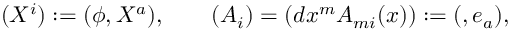
( X ^ { i } ) : = ( \phi , X ^ { a } ) , \qquad ( A _ { i } ) = ( d x ^ { m } A _ { m i } ( x ) ) : = ( \o , e _ { a } ) ,